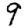
Digit: 9